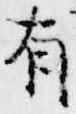
有